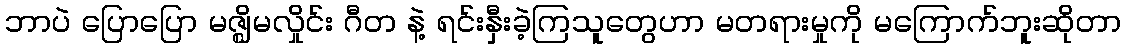
ဘာပဲ ပြောပြော မဇ္ဈိမလှိုင်း ဂီတ နဲ့ ရင်းနှီးခဲ့ကြသူတွေဟာ မတရားမှုကို မကြောက်ဘူးဆိုတာ